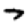
Digit: 7